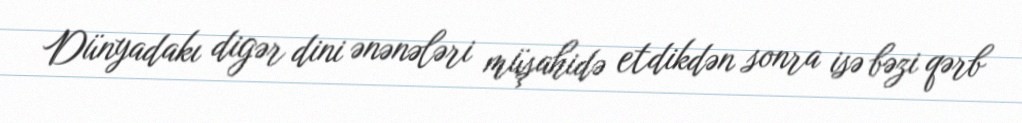
Dünyadakı digər dini ənənələri müşahidə etdikdən sonra isə bəzi qərb